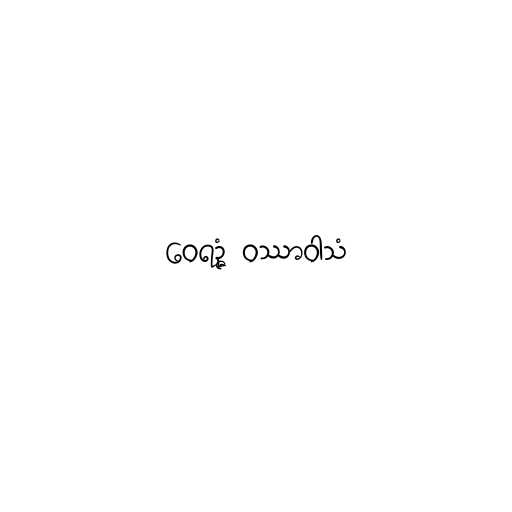
ဝေရဉ္ဇံ ဝဿာဝါသံ